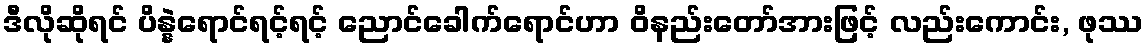
ဒီလိုဆိုရင် ပိန္နဲရောင်ရင့်ရင့် ညောင်ခေါက်ရောင်ဟာ ဝိနည်းတော်အားဖြင့် လည်းကောင်း, ဖုဿ